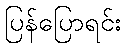
ပြန်ပြောရင်း